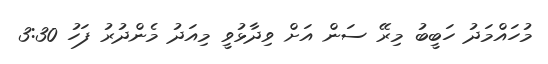
މުހައްމަދު ހަބީބު މިރޭ ސަން އަށް ވިދާޅުވީ މިއަދު މެންދުރު ފަހު 3:30